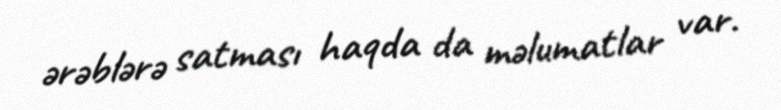
ərəblərə satması haqda da məlumatlar var.